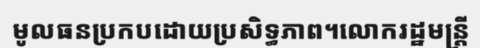
មូលធនប្រកបដោយប្រសិទ្ធភាព។លោករដ្ឋមន្ត្រី